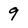
Character: 9